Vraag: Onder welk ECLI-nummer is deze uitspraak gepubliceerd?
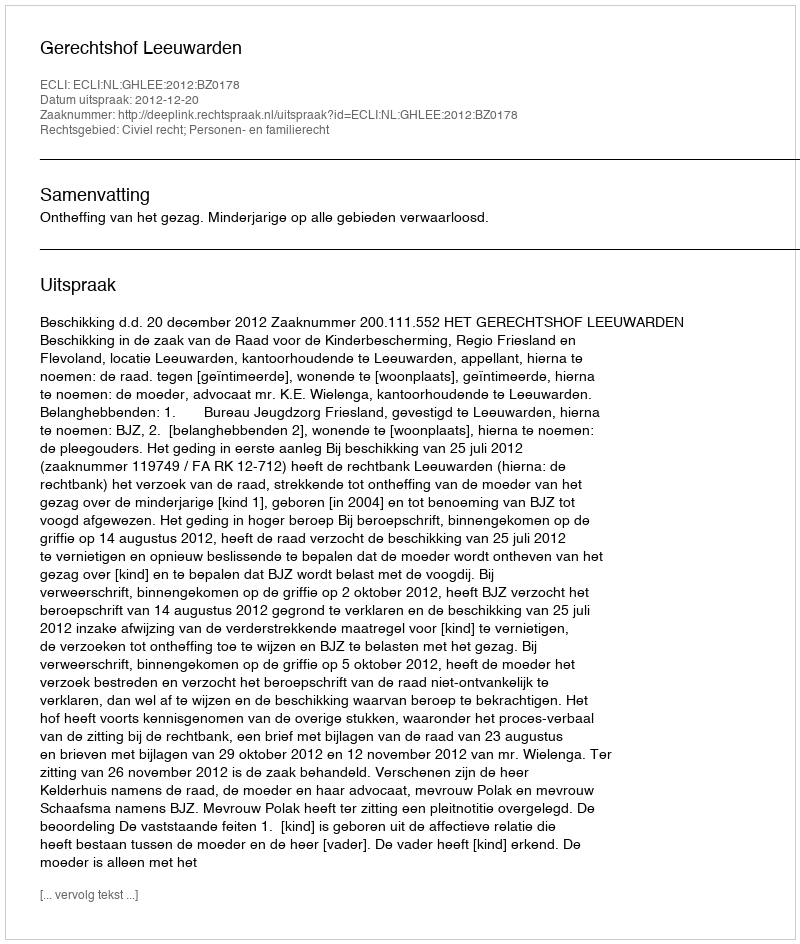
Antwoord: ECLI:NL:GHLEE:2012:BZ0178